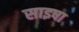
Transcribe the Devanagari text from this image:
साइषा